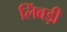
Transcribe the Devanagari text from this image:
लिंबड़ी